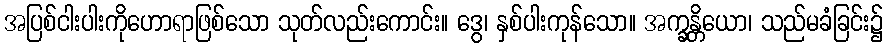
အပြစ်ငါးပါးကိုဟောရာဖြစ်သော သုတ်လည်းကောင်း။ ဒွေ၊ နှစ်ပါးကုန်သော။ အက္ခန္တိယော၊ သည်မခံခြင်း၌